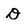
Character: D